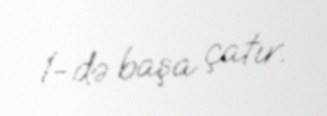
1-də başa çatır.